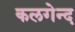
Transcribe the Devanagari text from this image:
कलगेन्द